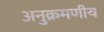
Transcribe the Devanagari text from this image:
अनुक्रमणीय